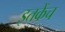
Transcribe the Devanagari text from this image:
इतकेंच